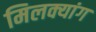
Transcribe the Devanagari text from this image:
मिलक्यांग